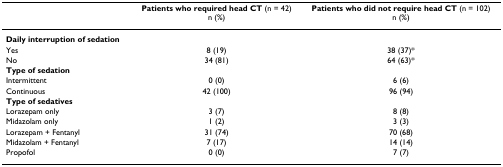
<table><thead><tr><td></td><td><b>Patients who required head CT (n = 42)n (%)</b></td><td><b>Patients who did not require head CT (n = 102)n (%)</b></td></tr></thead><tbody><tr><td><b>Daily interruption of sedation</b></td><td></td><td></td></tr><tr><td>Yes</td><td>8 (19)</td><td>38 (37)*</td></tr><tr><td>No</td><td>34 (81)</td><td>64 (63)*</td></tr><tr><td><b>Type of sedation</b></td><td></td><td></td></tr><tr><td>Intermittent</td><td>0 (0)</td><td>6 (6)</td></tr><tr><td>Continuous</td><td>42 (100)</td><td>96 (94)</td></tr><tr><td><b>Type of sedatives</b></td><td></td><td></td></tr><tr><td>Lorazepam only</td><td>3 (7)</td><td>8 (8)</td></tr><tr><td>Midazolam only</td><td>1 (2)</td><td>3 (3)</td></tr><tr><td>Lorazepam + Fentanyl</td><td>31 (74)</td><td>70 (68)</td></tr><tr><td>Midazolam + Fentanyl</td><td>7 (17)</td><td>14 (14)</td></tr><tr><td>Propofol</td><td>0 (0)</td><td>7 (7)</td></tr></tbody></table>